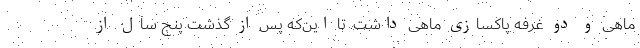
ماهی و دو غرفه پاکسازی ماهی داشت. تا این‌که پس از گذشت پنج سال از